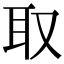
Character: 取